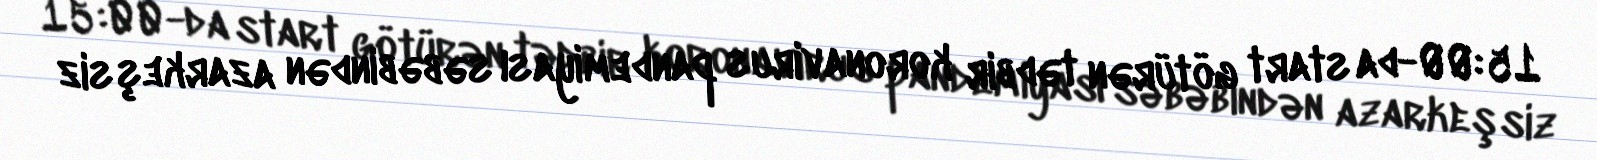
15:00-da start götürən tədbir koronavirus pandemiyası səbəbindən azarkeşsiz